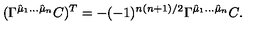
( \Gamma ^ { \hat { \mu } _ { 1 } \dots \hat { \mu } _ { n } } C ) ^ { T } = - ( - 1 ) ^ { n ( n + 1 ) / 2 } \Gamma ^ { \hat { \mu } _ { 1 } \dots \hat { \mu } _ { n } } C .